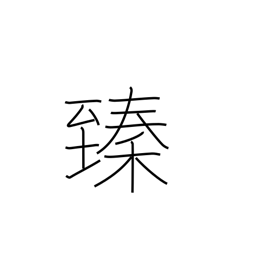
Meaning: reach